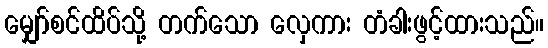
မျှော်စင်ထိပ်သို့ တက်သော လှေကား တံခါးဖွင့်ထားသည်။